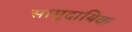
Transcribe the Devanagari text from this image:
सामुदायिक